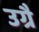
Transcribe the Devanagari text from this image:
उग्रै